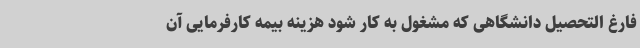
فارغ التحصیل دانشگاهی که مشغول به کار شود هزینه بیمه کارفرمایی آن